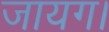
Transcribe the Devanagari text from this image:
जायग।